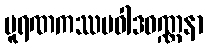
ပူရဏကဿပဝါဒဝဏ္ဏနာ